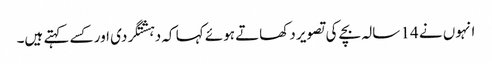
انہوں نے 14 سالہ بچے کی تصویر دکھاتے ہوئے کہا کہ دہشتگردی اور کسے کہتے ہیں۔